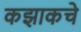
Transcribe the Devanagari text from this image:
कझाकचे